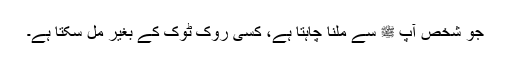
جو شخص آپ ﷺ سے ملنا چاہتا ہے، کسی روک ٹوک کے بغیر مل سکتا ہے۔